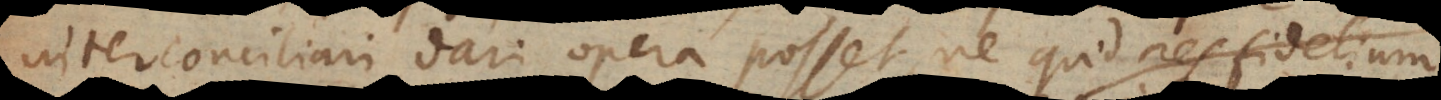
interconciliari dari opera posset, ne quid res fidelium